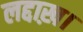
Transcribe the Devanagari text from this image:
लद्दाख़।